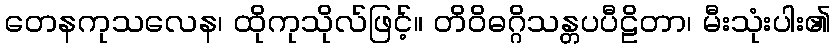
တေနကုသလေန၊ ထိုကုသိုလ်ဖြင့်။ တိဝိဓဂ္ဂိသန္တပပီဠိတာ၊ မီးသုံးပါး၏